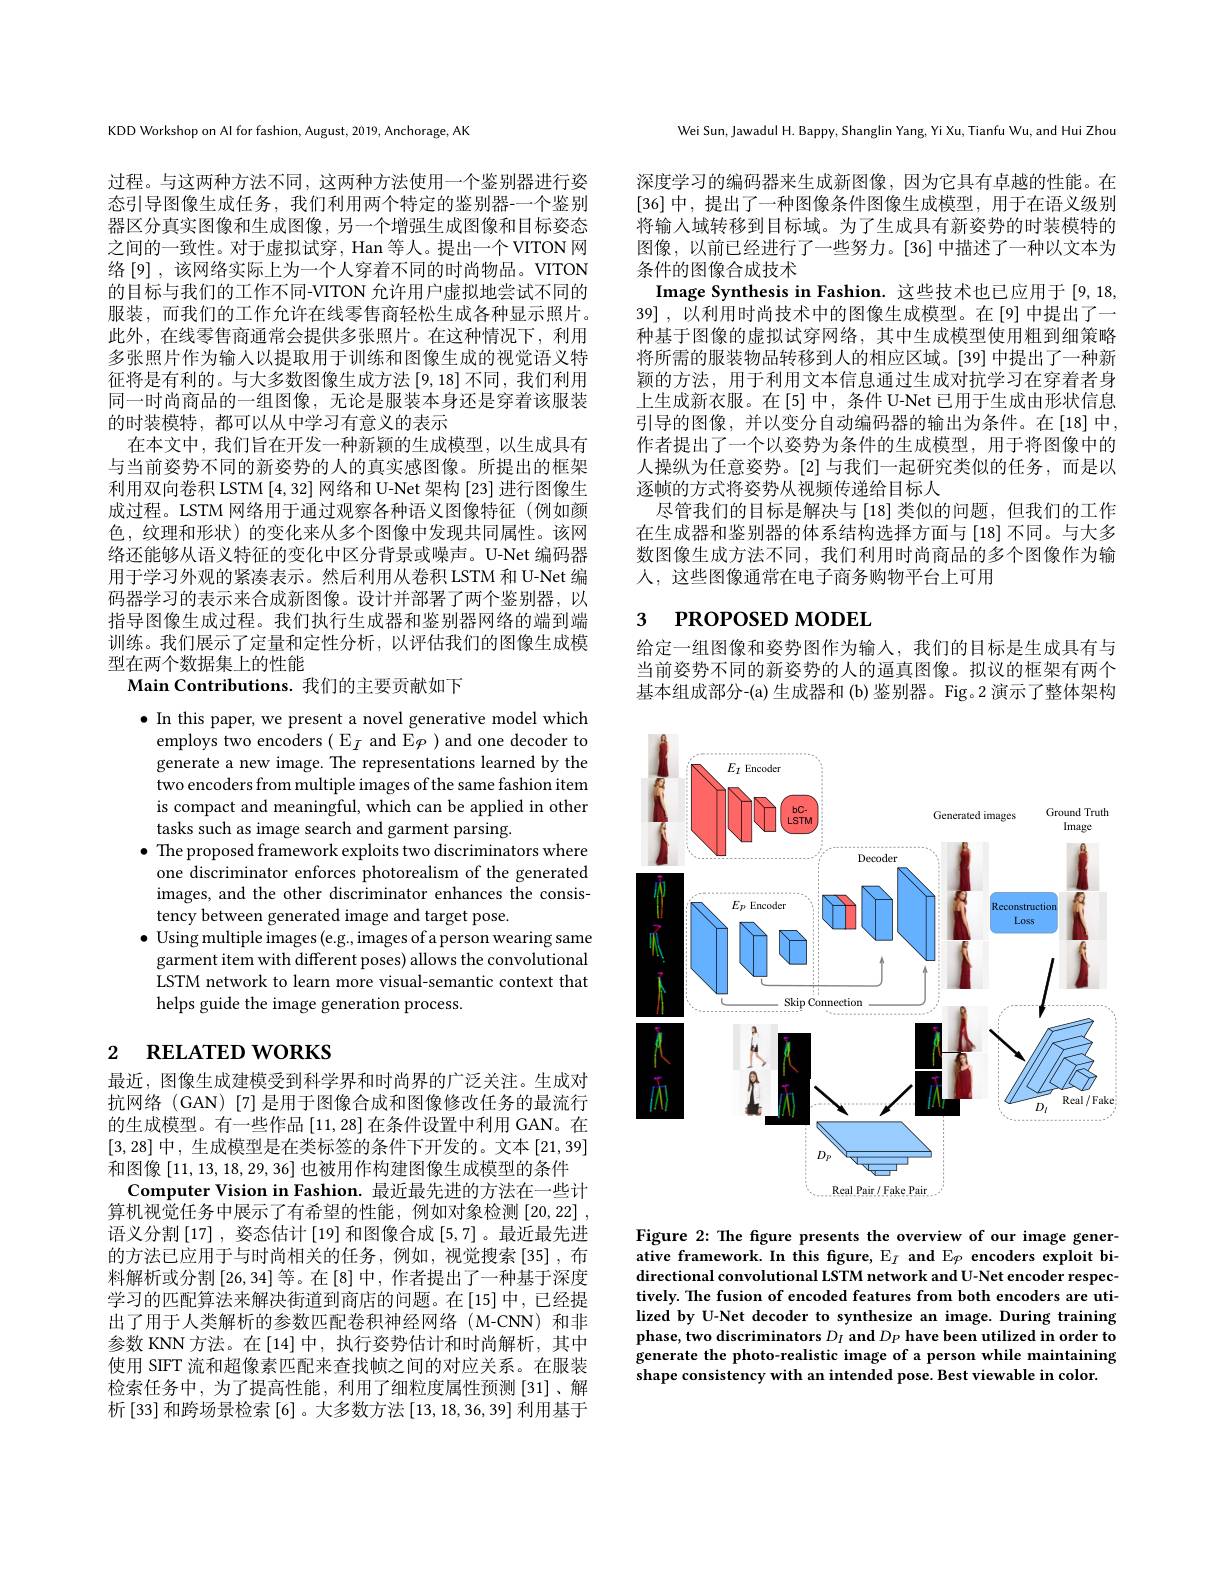
KDD Workshop on Al for fashion, August, 2019, Anchorage, AK

过程。与这两种方法不同，这两种方法使用一个鉴别器进行姿态引导图像生成任务，我们利用两个特定的鉴别器-一个鉴别器区分真实图像和生成图像，另一个增强生成图像和目标姿态之间的一致性。对于虚拟试穿，Han 等人。提出一个 VITON 网络[9],该网络实际上为一个人穿着不同的时尚物品。VITON 的目标与我们的工作不同-VITON 允许用户虚拟地尝试不同的服装，而我们的工作允许在线零售商轻松生成各种显示照片。此外，在线零售商通常会提供多张照片。在这种情况下，利用多张照片作为输人以提取用于训练和图像生成的视觉语义特征将是有利的。与大多数图像生成方法[9,18]不同，我们利用同一时尚商品的一组图像，无论是服装本身还是穿着该服装的时装模特，都可以从中学习有意义的表示
在本文中，我们旨在开发一种新颖的生成模型，以生成具有与当前姿势不同的新姿势的人的真实感图像。所提出的框架利用双向卷积 LSTM [4,32]网络和 U-Net 架构 [23] 进行图像生成过程。LSTM 网络用于通过观察各种语义图像特征(例如颜色，纹理和形状)的变化来从多个图像中发现共同属性。该网络还能够从语义特征的变化中区分背景或噪声。U-Net 编码器用于学习外观的紧凑表示。然后利用从卷积 LSTM 和 U-Net 编码器学习的表示来合成新图像。设计并部署了两个鉴别器，以指导图像生成过程。我们执行生成器和鉴别器网络的端到端训练。我们展示了定量和定性分析，以评估我们的图像生成模型在两个数据集上的性能
Main Contributions. 我们的主要贡献如下

$\bullet$ In this paper, we present a novel generative model which employs two encoders $(\begin{array}{c}\mathbb{E}_I\text{ and E}\varphi\end{array})$ and one decoder to generate a new image. The representations learned by the two encoders from multiple images of the same fashion item is compact and meaningful, which can be applied in other $\dot{\text{tasks such as image search and garment parsing}}.$
$\bullet$ The proposed framework exploits two discriminators where one discriminator enforces photorealism of the generated images, and the other discriminator enhances the consistency between generated image and target pose.
$\bullet$ Using multiple images (e.g., images of a person wearing same
garment item with different poses) allows the convolutional LSTM network to learn more visual-semantic context that helps guide the image generation process.

# 2 RELATED WORKS

最近，图像生成建模受到科学界和时尚界的广泛关注。生成对抗网络 (GAN)[7]是用于图像合成和图像修改任务的最流行的生成模型。有一些作品[11,28]在条件设置中利用 GAN。在[3,28]中，生成模型是在类标签的条件下开发的。文本[21,39] 和图像[11,13,18,29,36]也被用作构建图像生成模型的条件
Computer Vision in Fashion. 最近最先进的方法在一些计算机视觉任务中展示了有希望的性能，例如对象检测[20,22] , 语义分割$\left[17\right]$, 姿态估计 [19] 和图像合成 [5,7]。最近最先进的方法已应用于与时尚相关的任务，例如，视觉搜索[35],布料解析或分割$\left[26,34\right]$等。在$\left[8\right]$中，作者提出了一种基于深度学习的匹配算法来解决街道到商店的问题。在[15]中，已经提出了用于人类解析的参数匹配卷积神经网络(M-CNN)和非参数 KNN 方法。在 [14]中，执行姿势估计和时尚解析，其中使用 SIFT 流和超像素匹配来查找帧之间的对应关系。在服装检索任务中，为了提高性能，利用了细粒度属性预测[31]、解析[33] 和跨场景检索[6] 。大多数方法[13,18,36,39] 利用基于

Wei Sun, Jawadul H. Bappy, Shanglin Yang, Yi Xu, Tianfu Wu, and Hui Zhou

深度学习的编码器来生成新图像，因为它具有卓越的性能。在[36]中，提出了一种图像条件图像生成模型，用于在语义级别将输人域转移到目标域。为了生成具有新姿势的时装模特的图像，以前已经进行了一些努力。[36]中描述了一种以文本为条件的图像合成技术
Image Synthesis in Fashion. 这些技术也已应用于[9,18, 39] , 以利用时尚技术中的图像生成模型。在[9] 中提出了一种基于图像的虚拟试穿网络，其中生成模型使用粗到细策略将所需的服装物品转移到人的相应区域。[39] 中提出了一种新颖的方法，用于利用文本信息通过生成对抗学习在穿着者身上生成新衣服。在[5]中，条件 U-Net 已用于生成由形状信息引导的图像，并以变分自动编码器的输出为条件。在[18]中， 作者提出了一个以姿势为条件的生成模型，用于将图像中的人操纵为任意姿势。[2]与我们一起研究类似的任务，而是以逐帧的方式将姿势从视频传递给目标人
尽管我们的目标是解决与 [18] 类似的问题，但我们的工作在生成器和鉴别器的体系结构选择方面与[18]不同。与大多数图像生成方法不同，我们利用时尚商品的多个图像作为输人，这些图像通常在电子商务购物平台上可用

## 3 $\textbf{PROPOSED MODEL}$

给定一组图像和姿势图作为输人，我们的目标是生成具有与当前姿势不同的新姿势的人的逼真图像。拟议的框架有两个基本组成部分-(a) 生成器和 (b) 鉴别器。Fig。2 演示了整体架构

<FigureHere>

Figure 2: The figure presents the overview of our image generative framework. In this figure, $\mathbb{E}_I$ and E$_{\varphi}$ encoders exploit bidirectional convolutional LSTM network and U-Net encoder respectively. The fusion of encoded features from both encoders are utilized by U-Net decoder to synthesize an image. During training phase, two discriminators $D_I$ and $D_P$ have been utilized in order to generate the photo-realistic image of a person while maintaining shape consistency with an intended pose. Best viewable in color.